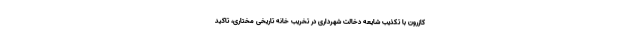
کازرون با تکذیب شایعه دخالت شهرداری در تخریب خانه تاریخی مختاری، تاکید